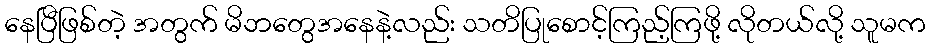
နေပြီဖြစ်တဲ့ အတွက် မိဘတွေအနေနဲ့လည်း သတိပြုစောင့်ကြည့်ကြဖို့ လိုတယ်လို့ သူမက